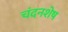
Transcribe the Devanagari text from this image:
चंदनशेष